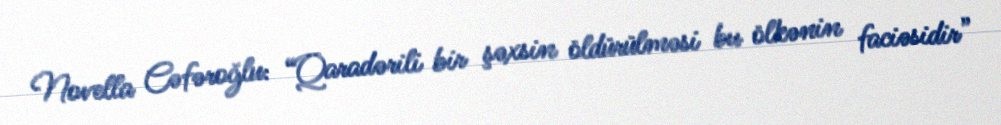
Novella Cəfəroğlu: “Qaradərili bir şəxsin öldürülməsi bu ölkənin faciəsidir”